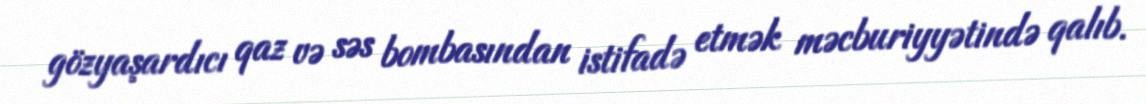
gözyaşardıcı qaz və səs bombasından istifadə etmək məcburiyyətində qalıb.